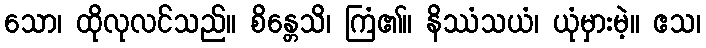
သော၊ ထိုလုလင်သည်။ စိန္တေသိ၊ ကြံ၏။ နိဿံသယံ၊ ယုံမှားမဲ့။ ဧသ၊